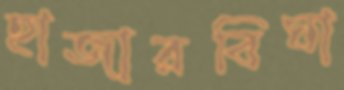
হাজারবিঘা